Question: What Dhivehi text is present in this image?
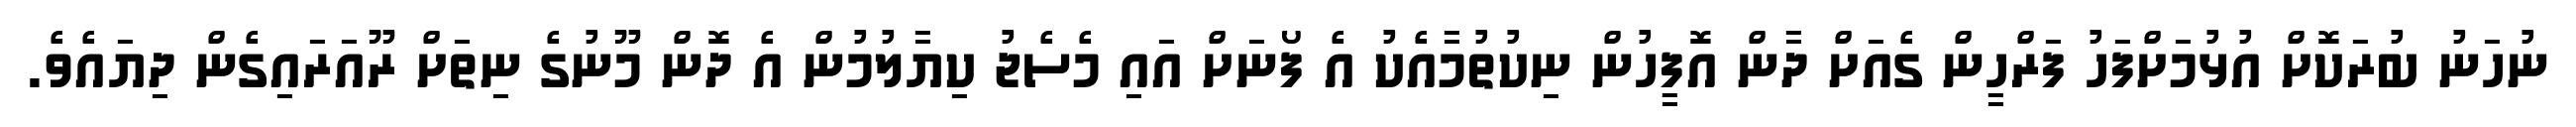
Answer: ނުހަނު ބުރަކޮށް އުޅުމަށްފަހު ފަރްހީން ގެއަށް ދާން އޮފީހުން ނިކުތުމާއެކު އެ ފޯނަށް އައި މެސެޖު ކިޔާލުމުން އެ ދޮން މޫނުގެ ނިތަށް ރޫއަރައިގެން ދިޔައެވެ.